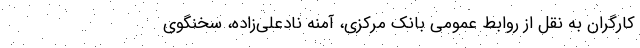
کارگران به نقل از روابط عمومی بانک مرکزی، آمنه نادعلی‌زاده، سخنگوی